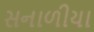
સનાળીયા